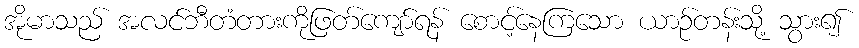
အိုမာသည် အလင်ဘီတံတားကိုဖြတ်ကျော်ရန် စောင့်နေကြသော ယာဉ်တန်းသို့ သွား၍